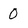
Character: O